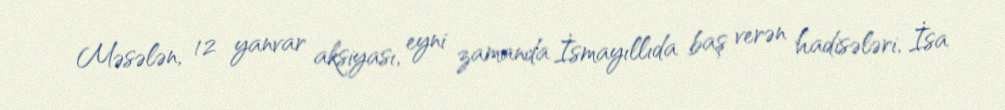
Məsələn, 12 yanvar aksiyası, eyni zamanda İsmayıllıda baş verən hadisələri, İsa